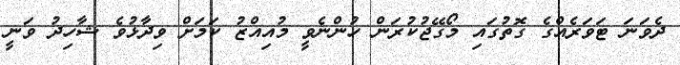
ދެވަނަ ޓަވަރެއްގެ ގޮތުގައި މޯގޭޖުކުރަން ހުންނެވީ މުއިއްޒު ކަމަށް ވިދާޅުވެ ޝާހިދު ވަނީ